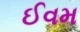
ઈવમ